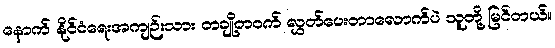
နောက် နိုင်ငံရေးအကျဉ်းသား တချို့တဝက် လွှတ်ပေးတာလောက်ပဲ သူတို့ မြင်တယ်။